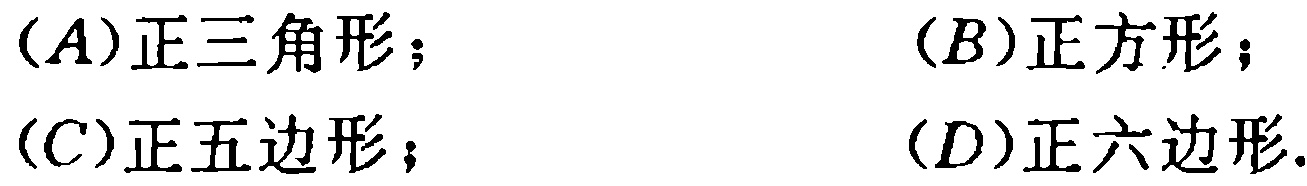
(A)正三角形；(B)正方形；(C)正五边形；(D)正六边形.